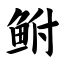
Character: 鲋